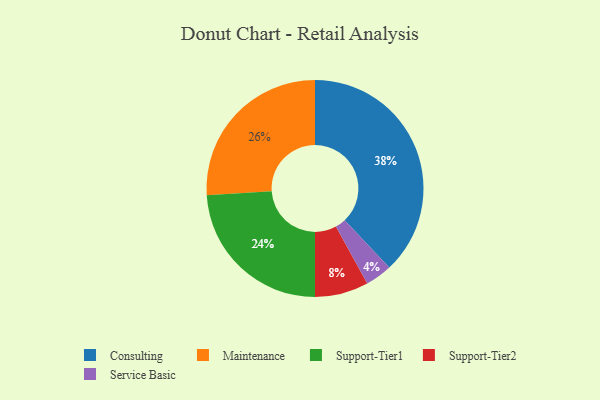
{"axis": {"x": "Category", "y": "Percentage"}, "legend": ["Consulting", "Maintenance", "Service Basic", "Support-Tier1", "Support-Tier2"], "data": [{"x": "Service Basic", "y": 4, "type": "Service Basic"}, {"x": "Support-Tier2", "y": 8, "type": "Support-Tier2"}, {"x": "Consulting", "y": 38, "type": "Consulting"}, {"x": "Maintenance", "y": 26, "type": "Maintenance"}, {"x": "Support-Tier1", "y": 24, "type": "Support-Tier1"}]}